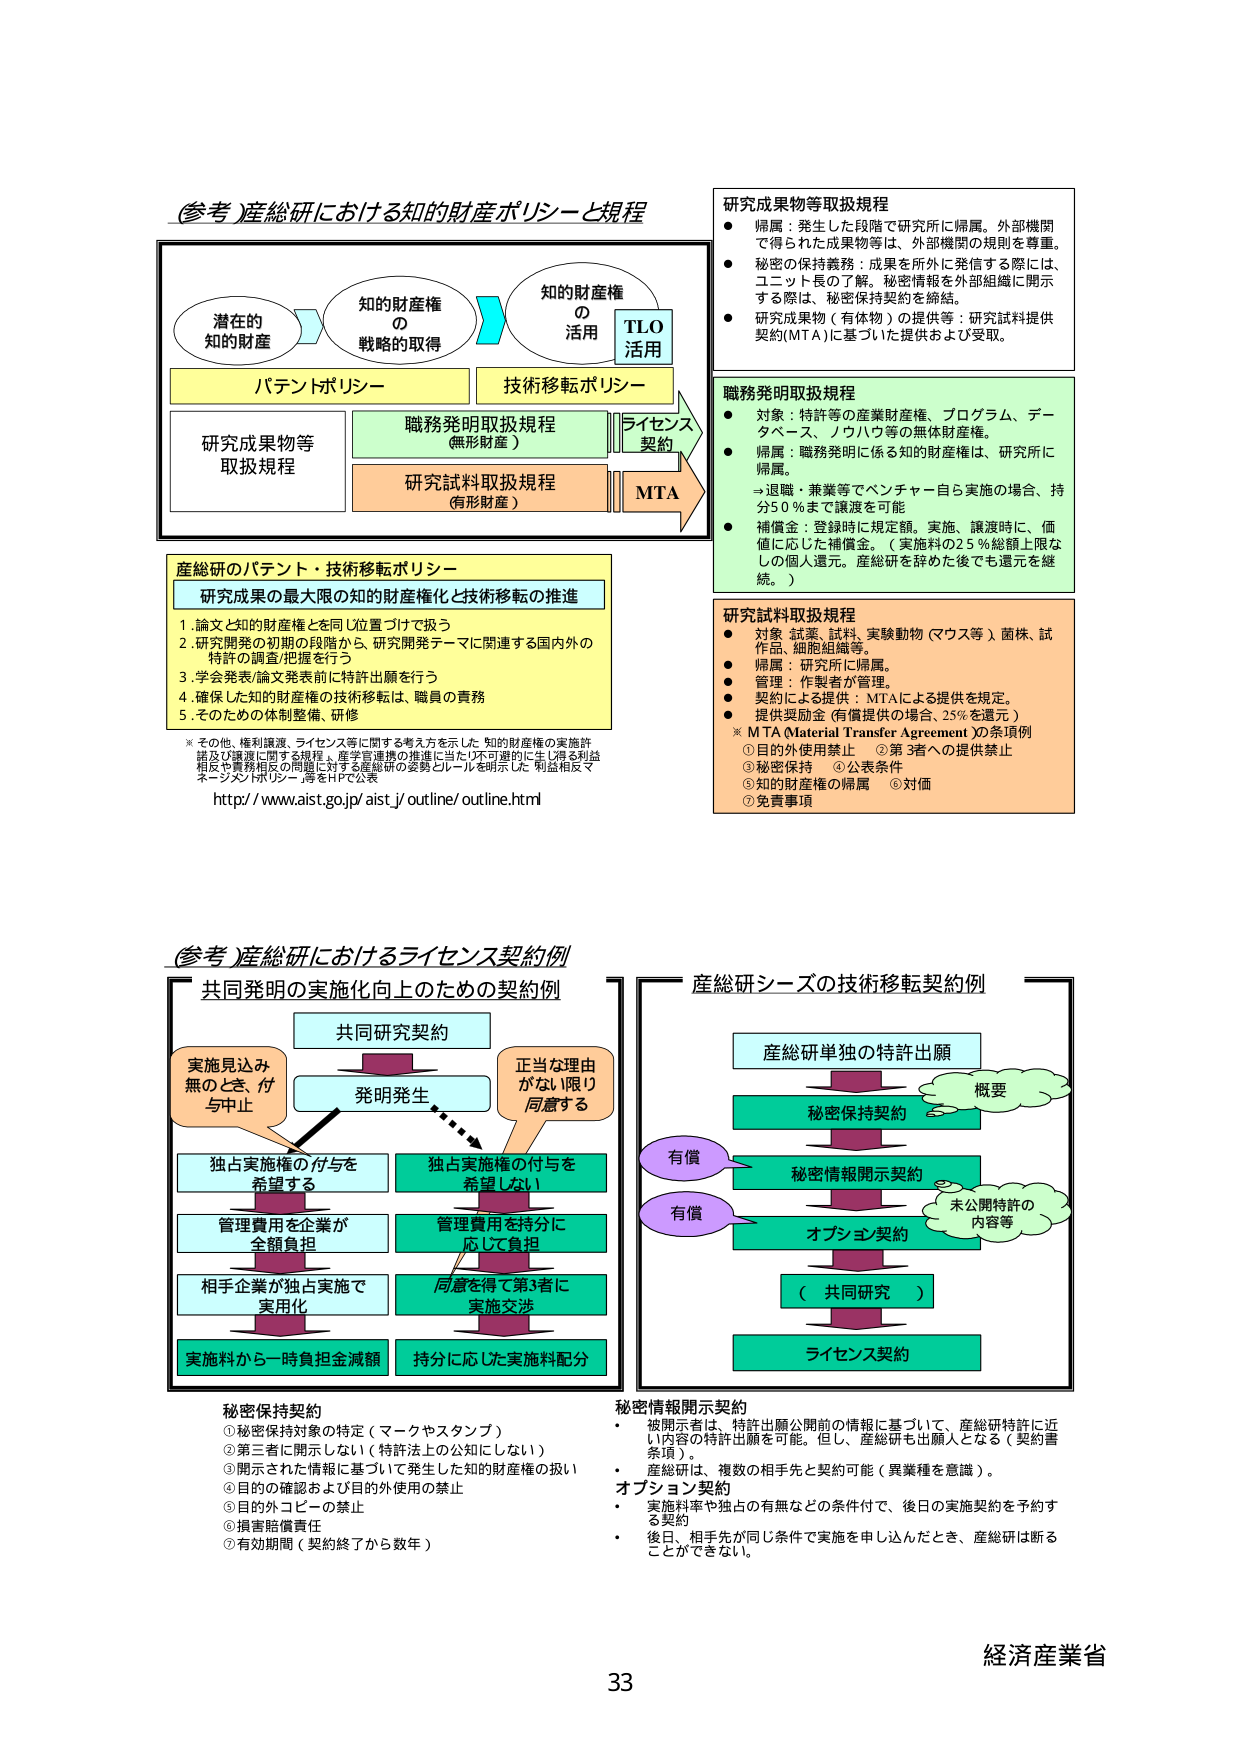
(参考)産総研における知的財産ポリシーと規程

潜在的
知的財産

知的財産権
の
戦略的取得

知的財産権
の
活用
TLO
活用

パテントポリシー

技術移転ポリシー

研究成果物等
取扱規程

職務発明取扱規程
(無形財産)

研究試料取扱規程
(有形財産)

ライセンス
契約

MTA

研究成果物等取扱規程
● 帰属：発生した段階で研究所に帰属。外部機関
で得られた成果物等は、外部機関の規則を尊重。
● 秘密の保持義務：成果を所外に発信する際には、
コミット長の了解。秘密情報を外部組織に開示
する際は、秘密保持契約を締結。
● 研究成果物（有体物）の提供等：研究試料提供
契約(MTA)に基づいた提供および受取。

職務発明取扱規程
● 対象：特許等の産業財産権、プログラム、デー
タベース、ノウハウ等の無体財産権。
● 帰属：職務発明に係る知的財産権は、研究所に
帰属。
⇒退職・兼業等でベンチャー自ら実施の場合、持
分50％まで譲渡を可能
● 補償金：登録時に規定額。実施、譲渡時に、価
値に応じた補償金。（実施料の25％総額上限な
しの個人還元。産総研を辞めた後でも還元を継
続。）

研究試料取扱規程
● 対象：試薬、試料、実験動物（マウス等）、菌株、試
作品、細胞組織等。
● 帰属：研究所に帰属。
● 管理：作製者が管理。
● 契約による提供：MTAによる提供を規定。
● 提供受領金（有償提供の場合、25％を還元）
※ MTA (Material Transfer Agreement)の条項例
①目的外使用禁止　②第3者への提供禁止
③秘密保持　④公表条件
⑤知的財産権の帰属　⑥対価
⑦免責事項

産総研のパテント・技術移転ポリシー
研究成果の最大限の知的財産権化と技術移転の推進
1. 論文と知的財産権を同じ位置づけで扱う
2. 研究開発の初期の段階から、研究開発テーマに関連する国内外の
特許の調査/把握を行う
3. 学会発表/論文発表前に特許出願を行う
4. 確保した知的財産権の技術移転は、職員の責務
5. そのための体制整備、研修

※ その他、権利譲渡、ライセンス等に関する考え方を示した「知的財産権の実施許
諾及び譲渡に関する規程」、産学官連携の推進に当たり不可避的に生じ得る利益
相反や責務相反の問題に対する産総研の姿勢とルールを明示した「利益相反マ
ネージメントポリシー」等をHPで公表
http://www.aist.go.jp/aist_j/outline/outline.html

(参考)産総研におけるライセンス契約例

共同発明の実施化向上のための契約例

共同研究契約

発明発生

実施見込み
無のとき、付
与中止

正当な理由
がない限り
同意する

独占実施権の付与を
希望する

独占実施権の付与を
希望しない

管理費用を企業が
全額負担

管理費用を持分に
応じて負担

相手企業が独占実施で
実用化

同意を得て第3者に
実施交渉

実施料から一時負担金減額

持分に応じた実施料配分

産総研シーズの技術移転契約例

産総研単独の特許出願

概要

秘密保持契約

有償

秘密情報開示契約

有償

未公開特許の
内容等

オプション契約

（ 共同研究 ）

ライセンス契約

秘密保持契約
① 秘密保持対象の特定（マークやスタンプ）
② 第三者に開示しない（特許法上の公知にしない）
③ 開示された情報に基づいて発生した知的財産権の扱い
④ 目的の確認および目的外使用の禁止
⑤ 目的外コピーの禁止
⑥ 損害賠償責任
⑦ 有効期間（契約終了から数年）

秘密情報開示契約
・ 被開示者は、特許出願公開前の情報に基づいて、産総研特許に近
い内容の特許出願を可能。但し、産総研を出願人となる（契約書
条項）。
・ 産総研は、複数の相手先と契約可能（異業種を意識）。

オプション契約
・ 実施料率や独占の有無などの条件付で、後日の実施契約を予約す
る契約
・ 後日、相手先が同じ条件で実施を申し込んだとき、産総研は断る
ことができない。

経済産業省
33